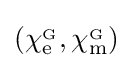
\left(\chi _{\mathrm {e} }^{_{\mathrm {G} }},\chi _{\mathrm {m} }^{_{\mathrm {G} }}\right)